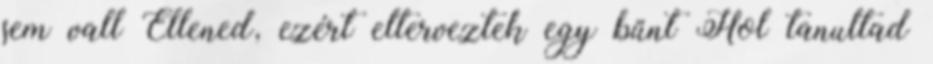
sem vall Ellened, ezért elterveztek egy bűnt Hol tanultad